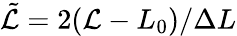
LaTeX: \tilde{\mathcal{L}}=2(\mathcal{L}-L_{0})/\Delta L